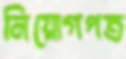
নিয়োগপত্র